Trukikaitis_Postimees, lk 2
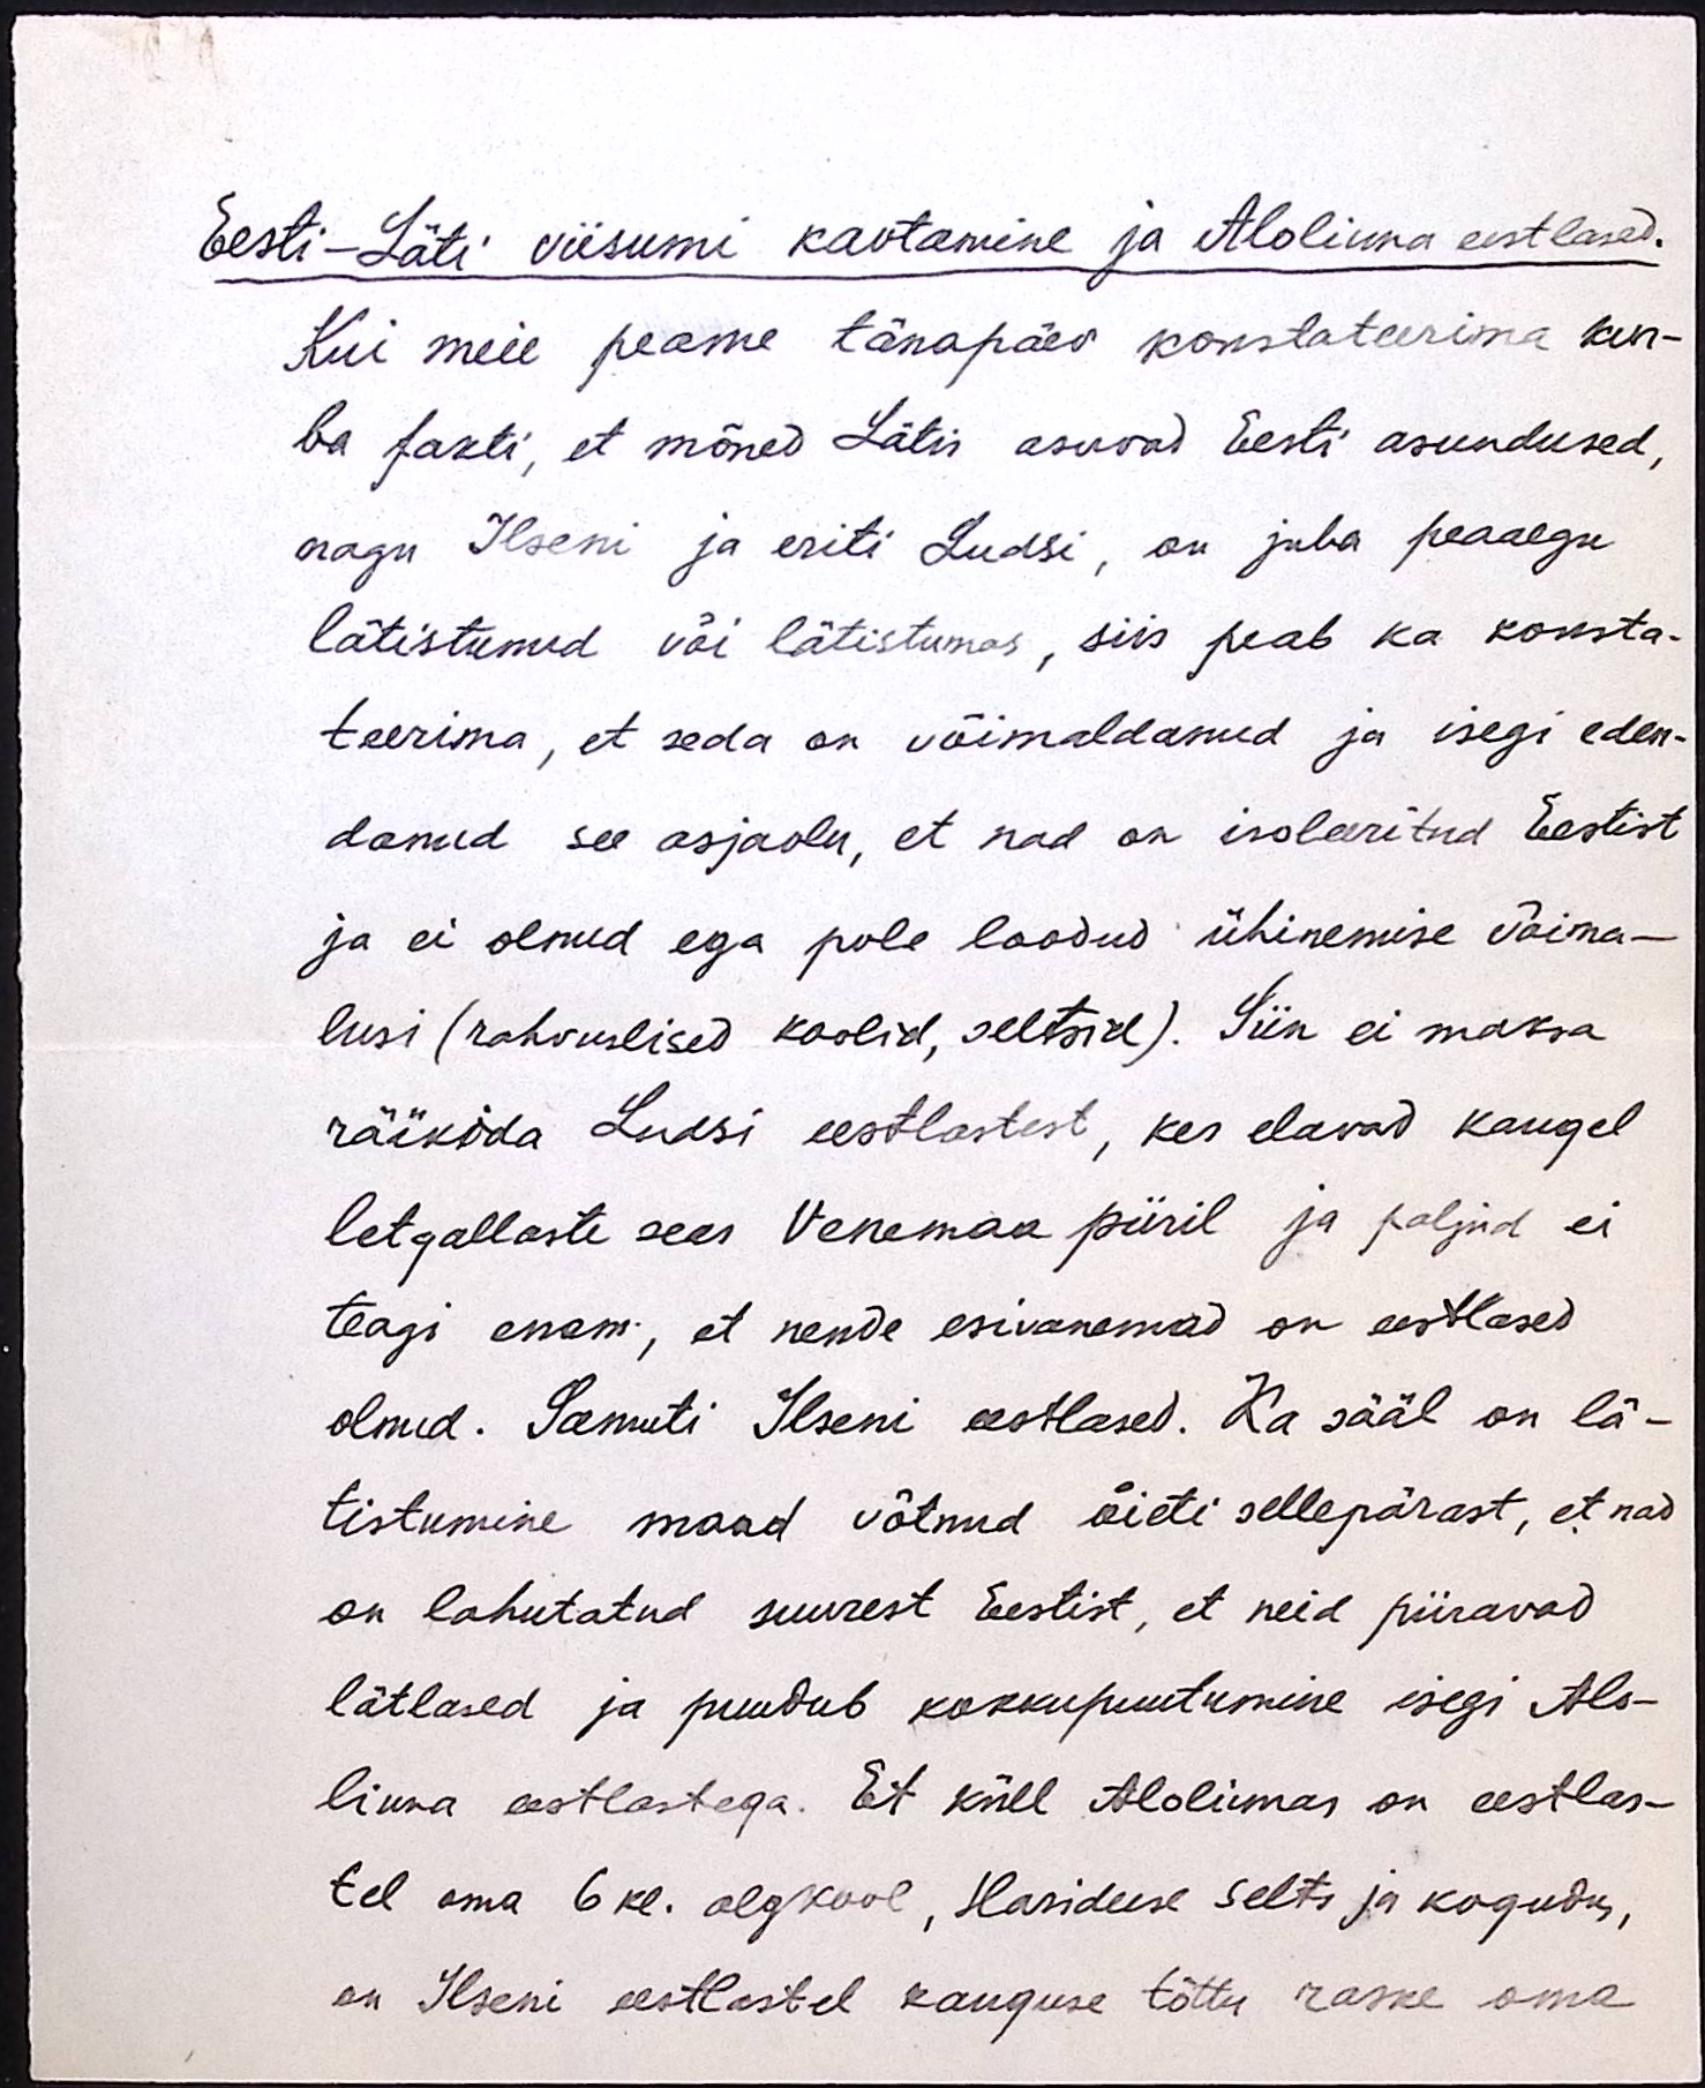
Eesti - Läti viisumi kaotamine ja Alolinna eestlased.
Kui meie peame tänapäev konstateerima kur-
ba fakti, et mõned Lätis asuvad Eesti asundused,
nagu Ilseni ja eriti Ludsi, on juba peaaegu
lätistunud või lätistumas, siis peab ka konsta-
teerima, et seda on võimaldanud ja isegi eden-
danud see asjaolu, et nad on isoleeritud Eestist
ja ei olnud ega pole loodud ühinemise võima-
lusi (rahvuslised koolid, seltsid). Siin ei maksa
rääkida Ludsi eestlastest, kes elavad kaugel
letgallaste seas Venemaa piiril ja paljud ei
teagi enam, et nende esivanemad on eestlased
olnud. Samuti Ilseni eestlased. Ka sääl on lä-
tistumine maad võtnud õieti sellepärast, et nad
on lahutatud suurest Eestist, et neid piiravad
lätlased ja puudub kokkupuutumine isegi Alo-
linna eestlastega. Et küll Alolinnas on eestlas-
tel oma 6 kl. algkool, Hariduse selts ja kogudus,
on Ilseni eestlastel kauguse tõttu raske oma